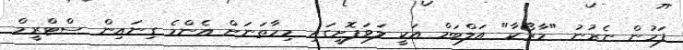
ފަހުން ނެރުނު "މާރޯކާ" އަލްބަމް އަކީ ލަވަފޮށީގައި މިހާތަނަށް އެންމެ ގިނައިން ސްޓްރީމް